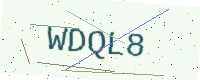
Text: WDQL8